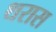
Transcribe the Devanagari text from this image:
थरास